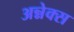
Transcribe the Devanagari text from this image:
अन्नेक्स